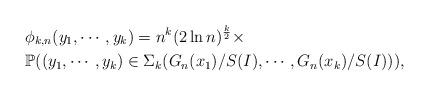
LaTeX: \begin{align*} &\phi_{k,n}(y_1,\cdots,y_k)=n^k(2\ln n)^{\frac{k}{2}}\times \\& \mathbb{P}((y_1,\cdots,y_k)\in\Sigma_k(G_n(x_1)/S(I),\cdots,G_n(x_k)/S(I))),\end{align*}